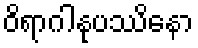
ဝိရာဂါနုပဿိနော